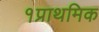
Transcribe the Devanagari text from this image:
१प्राथमिक